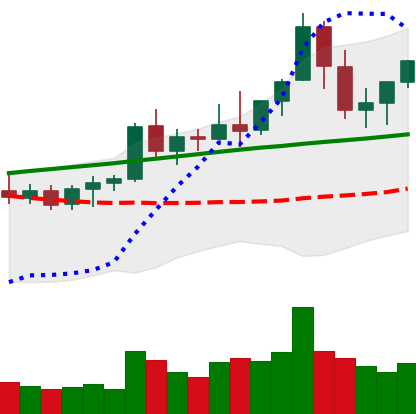
Ticker: ETC-USD
Chart end date: 2021-08-20
Forward return: -9.118%
Label: down_7plus